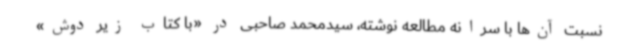
نسبت آن‌ها با سرانه مطالعه نوشته، سیدمحمد صاحبی در «با کتاب زیر دوش»